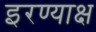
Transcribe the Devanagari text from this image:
इरण्याक्ष